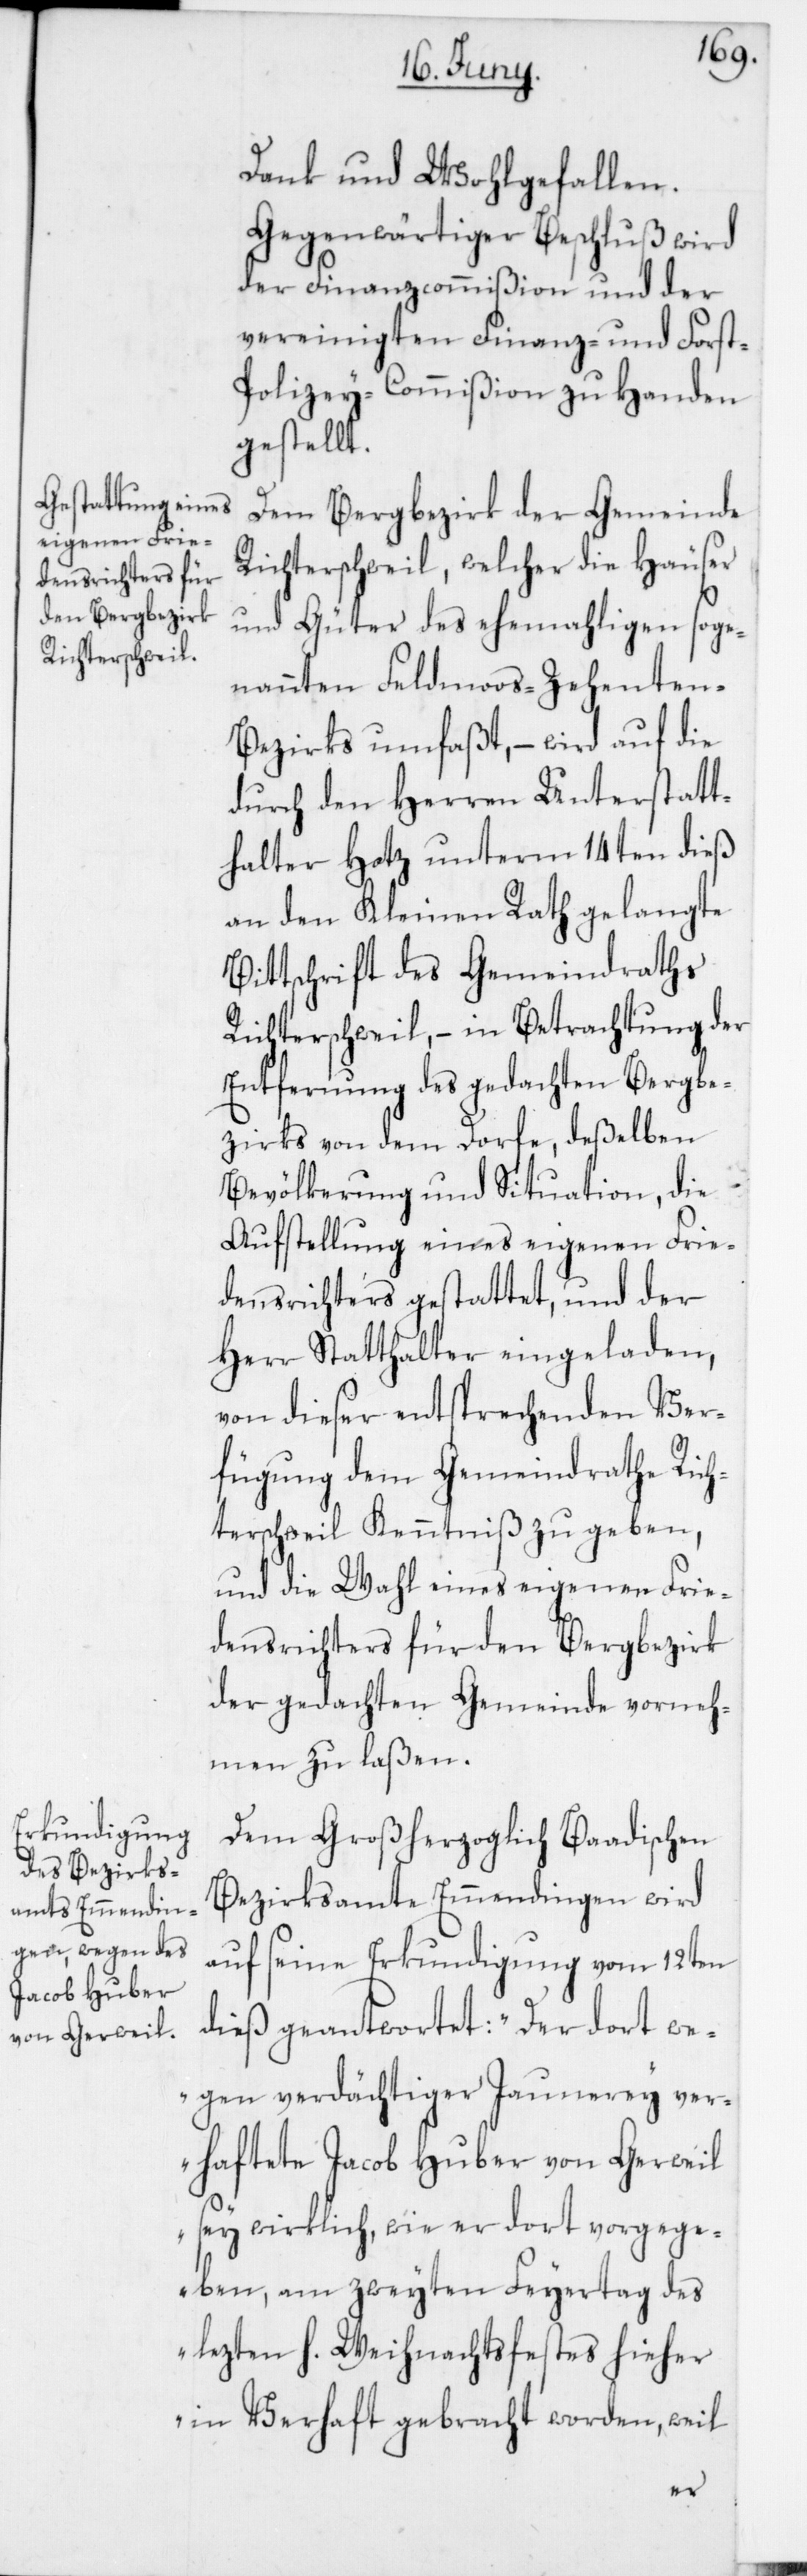
Dank und Wohlgefallen.
Gegenwärtiger Beschluß wird
der Finanzcommißion und der
vereinigten Finanz- und Fors¬
t-Polizey-Commißion zu Handen
gestellt.
Dem Bergbezirk der Gemeinde
Richterschweil, welcher die Häuser
und Güter des ehemahligen soge¬
nannten Feldmoos-Zehente¬
n-Bezirks umfaßt, – wird auf die
durch den Herren Unterstatt¬
halter Hotz unterm 14ten dieß
an den Kleinen Rath gelangte
Bittschrift des Gemeindraths
Richterschweil, – in Betrachtung der
Entfernung des gedachten Bergbe¬
zirks von dem Dorfe, deßelben
Bevölkerung und Situation, die
Aufstellung eines eigenen Frie¬
densrichters gestattet, und der
Herr Statthalter eingeladen,
von dieser entsprechenden Ver¬
fügung dem Gemeindrathe Rich¬
terschweil Kenntniß zu geben,
und die Wahl eines eigenen Frie¬
densrichters für den Bergbezirk
der gedachten Gemeinde vorneh¬
men zu laßen.
Dem Großherzoglich-Baadischen
Bezirksamte Emmendingen wird
auf seine Erkundigung vom 12ten
dieß geantwortet: „Der dort we¬
gen verdächtiger Jaunerey ver¬
haftete Jacob Huber von Gerweil
sey wirklich, wie er dort vorgege¬
ben, am zweyten Feiertag des
lezten h. Weihnachtsfestes hieher
in Verhaft gebracht worden, weil